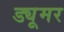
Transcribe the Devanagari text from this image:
ड्यूमर